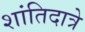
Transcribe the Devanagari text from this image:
शांतिदात्रे